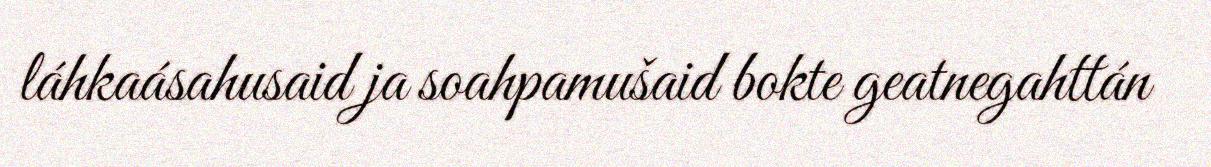
láhkaásahusaid ja soahpamušaid bokte geatnegahttán